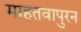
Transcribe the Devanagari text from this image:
माहतवापुरन